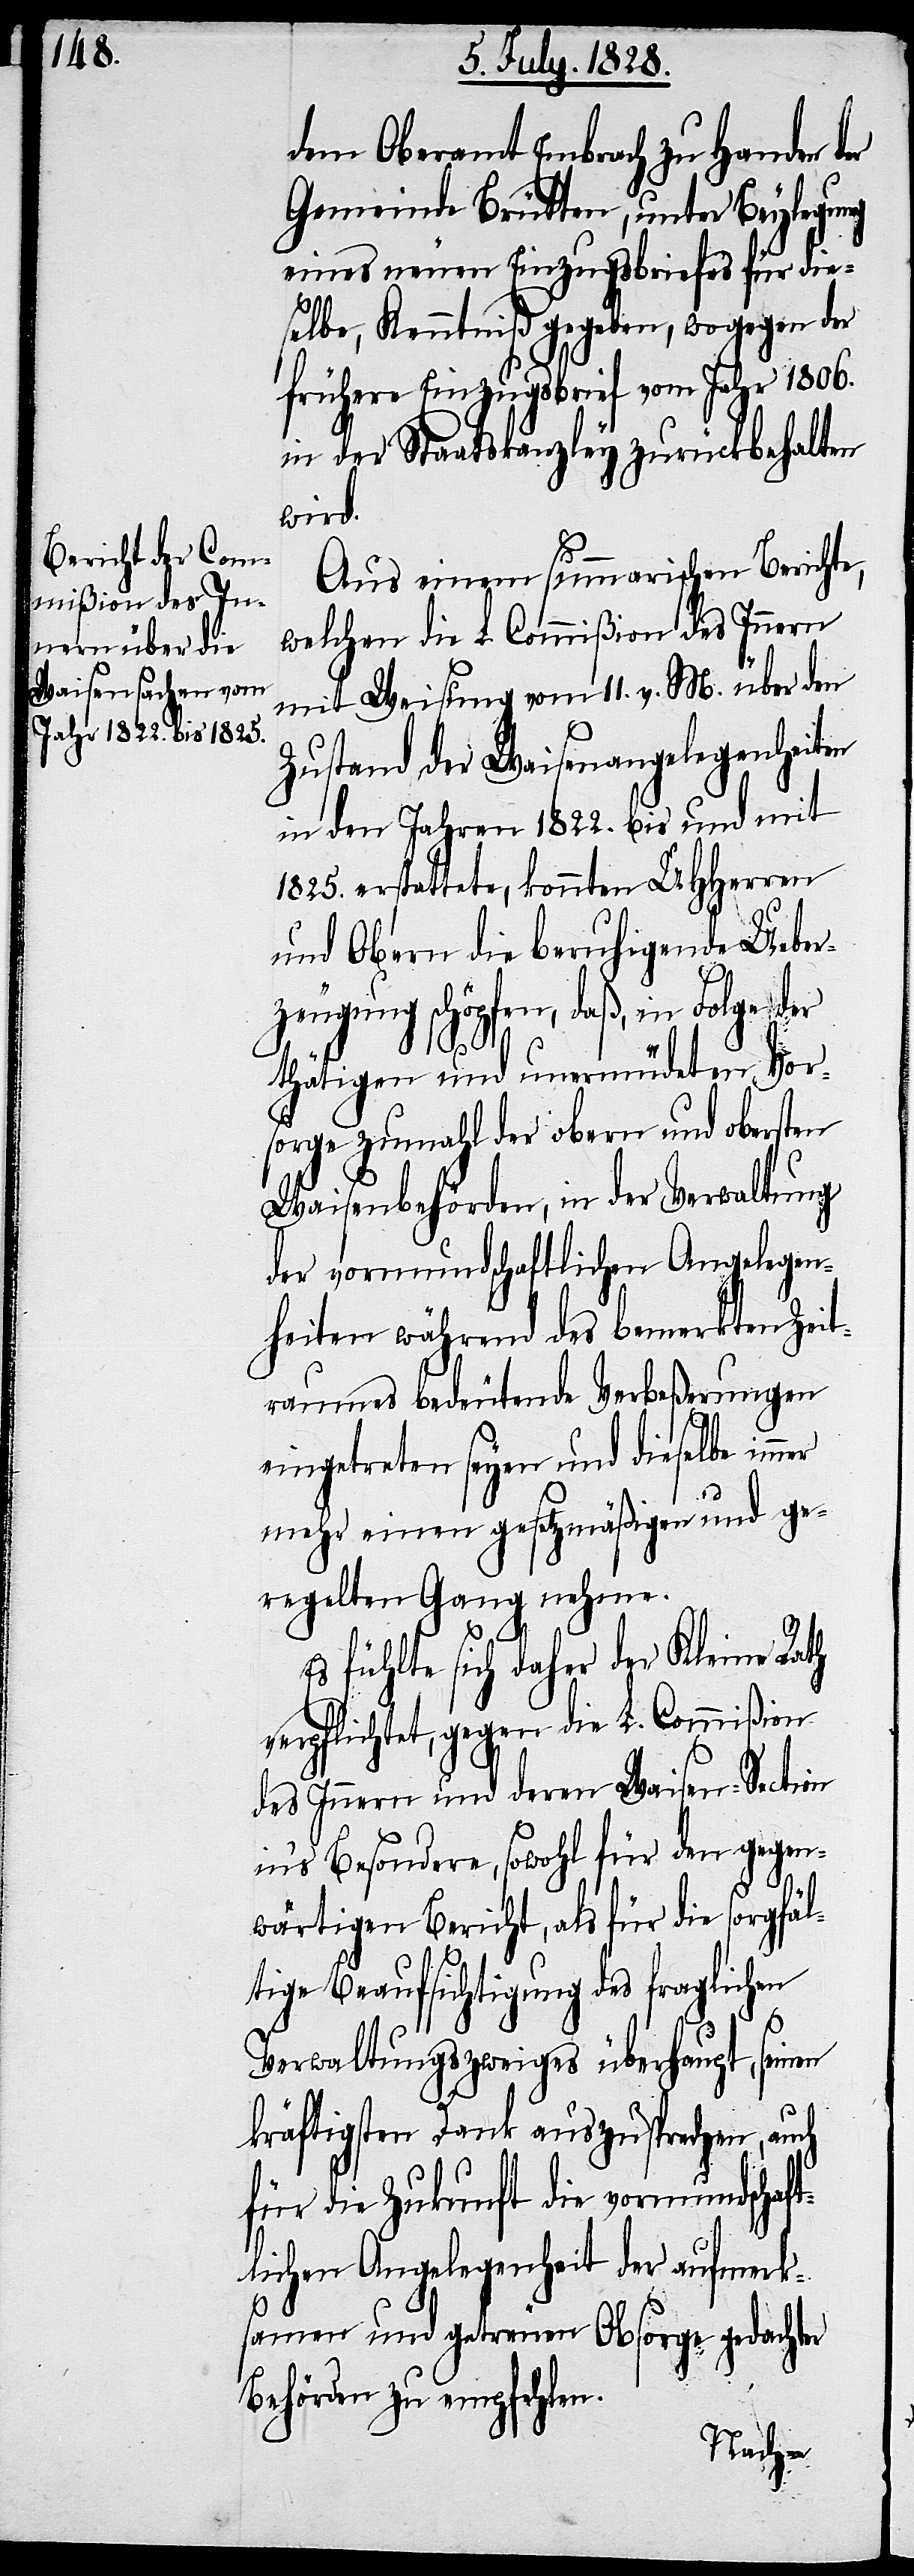
Jahren 1822. bis 1825.

dem Oberamt Embrach zu Handen der
Gemeinde Brütten, unter Beylegung
eines neuen Einzugsbriefes für die¬
selbe, Kenntniß gegeben, wogegen der
frühere Einzugsbrief vom Jahr 1806.
in der Staatskanzley zurückbehalten
wird.
Aus einem summarischen Berichte,
welchen die L. Commißion des Innern
mit Weisung vom 11. v. M. über den
Zustand der Waisenangelegenheiten
erstattete, konnten UHHerren
und Obern die beruhigende Ueber¬
zeugung schöpfen, daß, in Folge der
Thätigen und unermüdeten Vor¬
sorge zumahl der obern und obersten
Waisenbehörden, in der Verwaltung
der vormundschaftlichen Angelegen¬
heiten während des bemerkten Zeit¬
raumes bedeutende Verbeßerungen
eingetreten seyen und dieselbe im¬
mehr einen gesetzmäßigen und ge¬
regelten Gang nehme.
in
mer
Es fühlte sich daher der Kleine Rath
verpflichtet, gegen die L. Commißion
des Innern und deren Waisen-Section
in’s Besondere, sowohl für den gegen¬
wärtigen Bericht, als für die sorgfäl¬
tige Beaufsichtigung des fraglichen
Verwaltungszweiges überhaupt, seinen
kräftigsten Dank auszusprechen, auch
für die Zukunft die vormundschaf¬
tlichen Angelegenheit der aufmerk¬
samen und getreuen Obsorge gedachter
Behörden zu empfehlen.